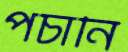
পচানি